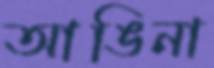
আঙিনা